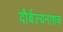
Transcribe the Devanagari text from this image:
दौर्बल्यनाशक